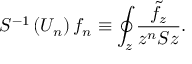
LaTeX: S ^ { - 1 } \left( U _ { n } \right) f _ { n } \equiv \oint _ { z } \frac { \tilde { f } _ { z } } { z ^ { n } S z } .